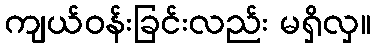
ကျယ်ဝန်းခြင်းလည်း မရှိလှ။